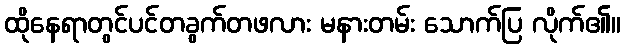
ထိုနေရာတွင်ပင်တခွက်တဖလား မနားတမ်း သောက်ပြ လိုက်၏။